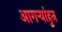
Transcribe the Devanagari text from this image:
आगर्‍यांहुन